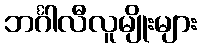
ဘင်္ဂါလီလူမျိုးများ